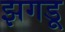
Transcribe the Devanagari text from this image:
झगडू